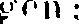
gen: